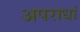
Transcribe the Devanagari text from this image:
अपराधां